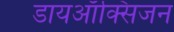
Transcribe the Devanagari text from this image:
डायऑक्सिजन